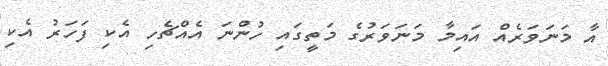
އާ މަނަވަރެއް އައިމާ މަނަވަރުގެ މަތީގައި ހުންނަ އެއްޗެހި އެކި ފަހަރު އެކި